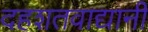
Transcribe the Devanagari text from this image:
दहशतवाद्यानी